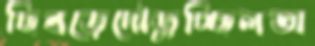
ছিবড়েদৌড়ুচ্ছিলঅ